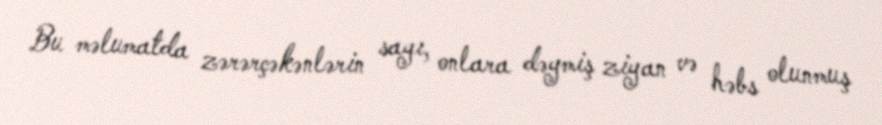
Bu məlumatda zərərçəkənlərin sayı, onlara dəymiş ziyan və həbs olunmuş